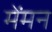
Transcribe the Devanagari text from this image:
मेंमन